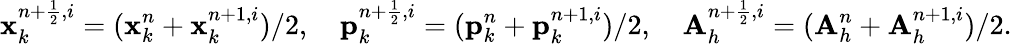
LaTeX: {\mathbf x}_{k}^{n+\frac{1}{2},i}=({\mathbf x}_{k}^{n}+{\mathbf x}_{k}^{n+1,i})/2,\quad{\mathbf p}_{k}^{n+\frac{1}{2},i}=({\mathbf p}_{k}^{n}+{\mathbf p}_{k}^{n+1,i})/2,\quad{\mathbf A}_{h}^{n+\frac{1}{2},i}=({\mathbf A}_{h}^{n}+{\mathbf A}_{h}^{n+1,i})/2.